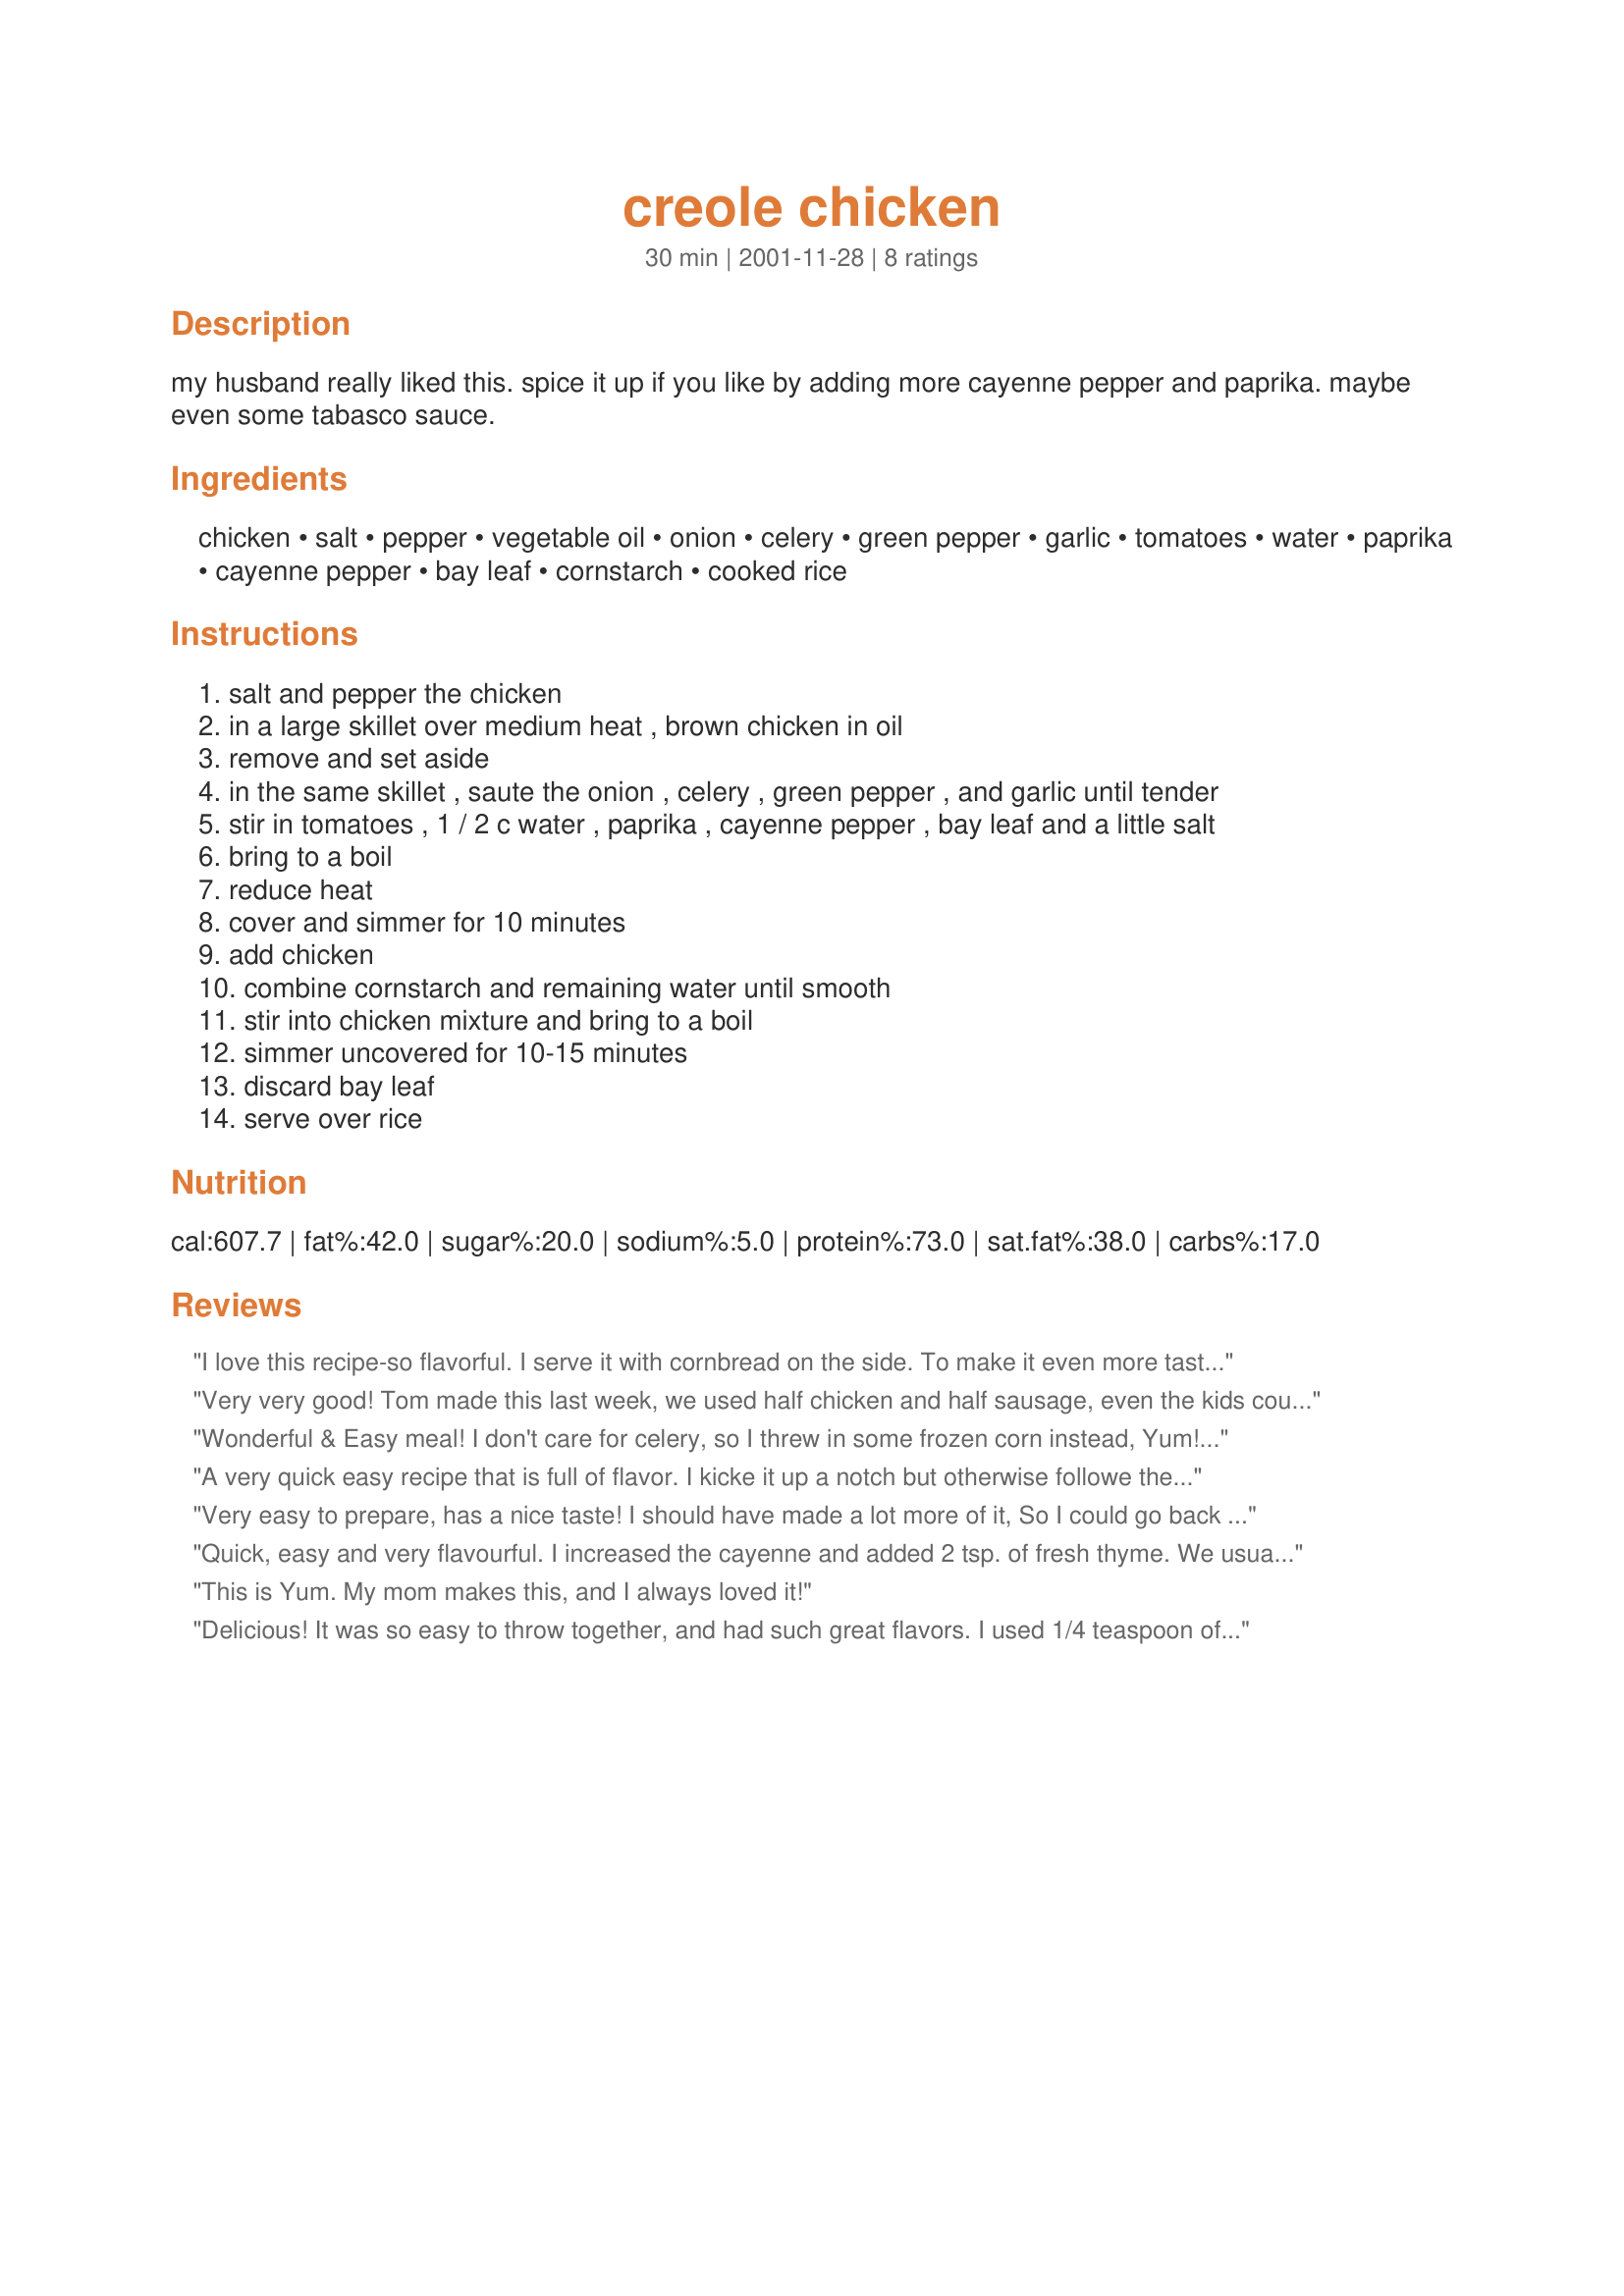
creole chicken
Preparation time: 30 minutes

my husband really liked this. spice it up if you like by adding more cayenne pepper and paprika. maybe even some tabasco sauce.

Ingredients:
chicken, salt, pepper, vegetable oil, onion, celery, green pepper, garlic, tomatoes, water, paprika, cayenne pepper, bay leaf, cornstarch, cooked rice

Steps:
salt and pepper the chicken
in a large skillet over medium heat , brown chicken in oil
remove and set aside
in the same skillet , saute the onion , celery , green pepper , and garlic until tender
stir in tomatoes , 1 / 2 c water , paprika , cayenne pepper , bay leaf and a little salt
bring to a boil
reduce heat
cover and simmer for 10 minutes
add chicken
combine cornstarch and remaining water until smooth
stir into chicken mixture and bring to a boil
simmer uncovered for 10-15 minutes
discard bay leaf
serve over rice

Reviews:
I love this recipe-so flavorful. I serve it with cornbread on the side. To make it even more tasty I add in a can of Rotel, some of Emeril's Bayou Blast and replace the 1/2 cup of water with chicken broth. Hubby loves this meal too!
Very very good! Tom made this last week, we used half chicken and half sausage, even the kids couldn't get enough... great leftovers too!
Wonderful & Easy meal! I don't care for celery, so I threw in some frozen corn instead, Yum! I think I overdid the cayenne a little though... Wow, what a kick!!! Everyone loved it!
A very quick easy recipe that is full of flavor. I kicke it up a notch but otherwise followe the recipe. I am thinking of the possibilities, adding shrimp or crawfish. Very tasty, thank you.
Very easy to prepare, has a nice taste! I should have made a lot more of it, So I could go back for seconds. I added a little more cayenne than the recipe called for so it had a nice little kick.
Quick, easy and very flavourful. I increased the cayenne and added 2 tsp. of fresh thyme. We usually don't mix carbs with proteins so eliminated the cornstarch and skipped the rice. Served a simple salad instead. Enjoyed it very much!
This is Yum. My mom makes this, and I always loved it!
Delicious! It was so easy to throw together, and had such great flavors. I used 1/4 teaspoon of cayenne pepper by mistake, and was afraid it would be a bit too spicy, but it was perfect!
